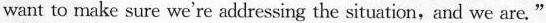
wiant to make sure we're addressing the situation,and we are. "